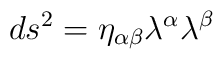
ds^2 =\eta_{\alpha\beta} \lambda^{\alpha}\lambda^{\beta}